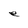
Character: e